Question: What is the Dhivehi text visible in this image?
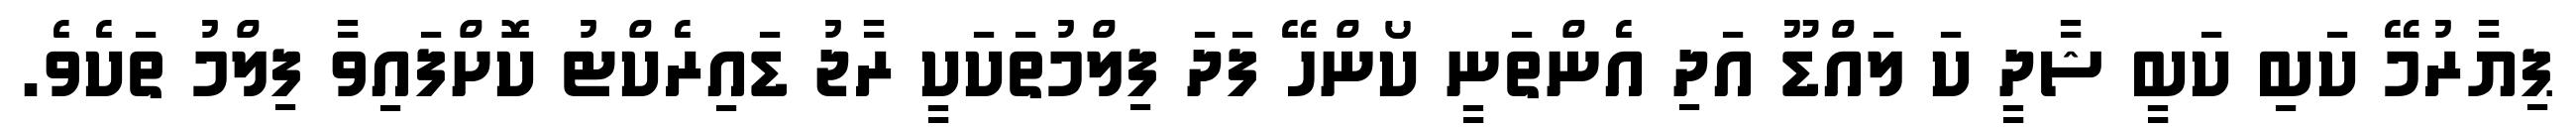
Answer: ޕިޔާރުމޭ ކަބި ކަބީ ޝާދީ ކަ ލައްޑޫ އަދި އެންތަނީ ކޯންހޭ ފަދަ ފިލްމުތަކަކީ ރާޖު ޑައިރެކްޓު ކޮށްފައިވާ ފިލްމު ތަކެވެ.